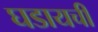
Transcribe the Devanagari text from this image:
घडायची